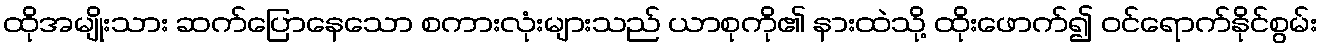
ထိုအမျိုးသား ဆက်ပြောနေသော စကားလုံးများသည် ယာစုကို၏ နားထဲသို့ ထိုးဖောက်၍ ဝင်ရောက်နိုင်စွမ်း